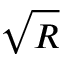
\sqrt R